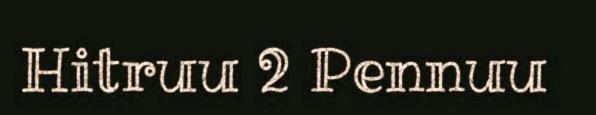
Hitruu 2 Pennuu